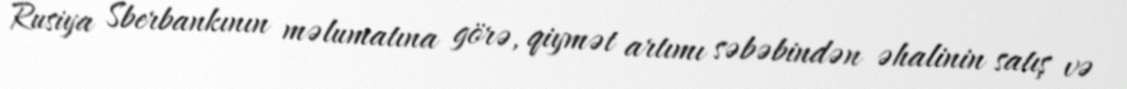
Rusiya Sberbankının məlumatına görə, qiymət artımı səbəbindən əhalinin satış və